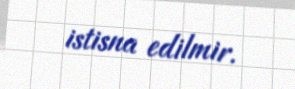
istisna edilmir.